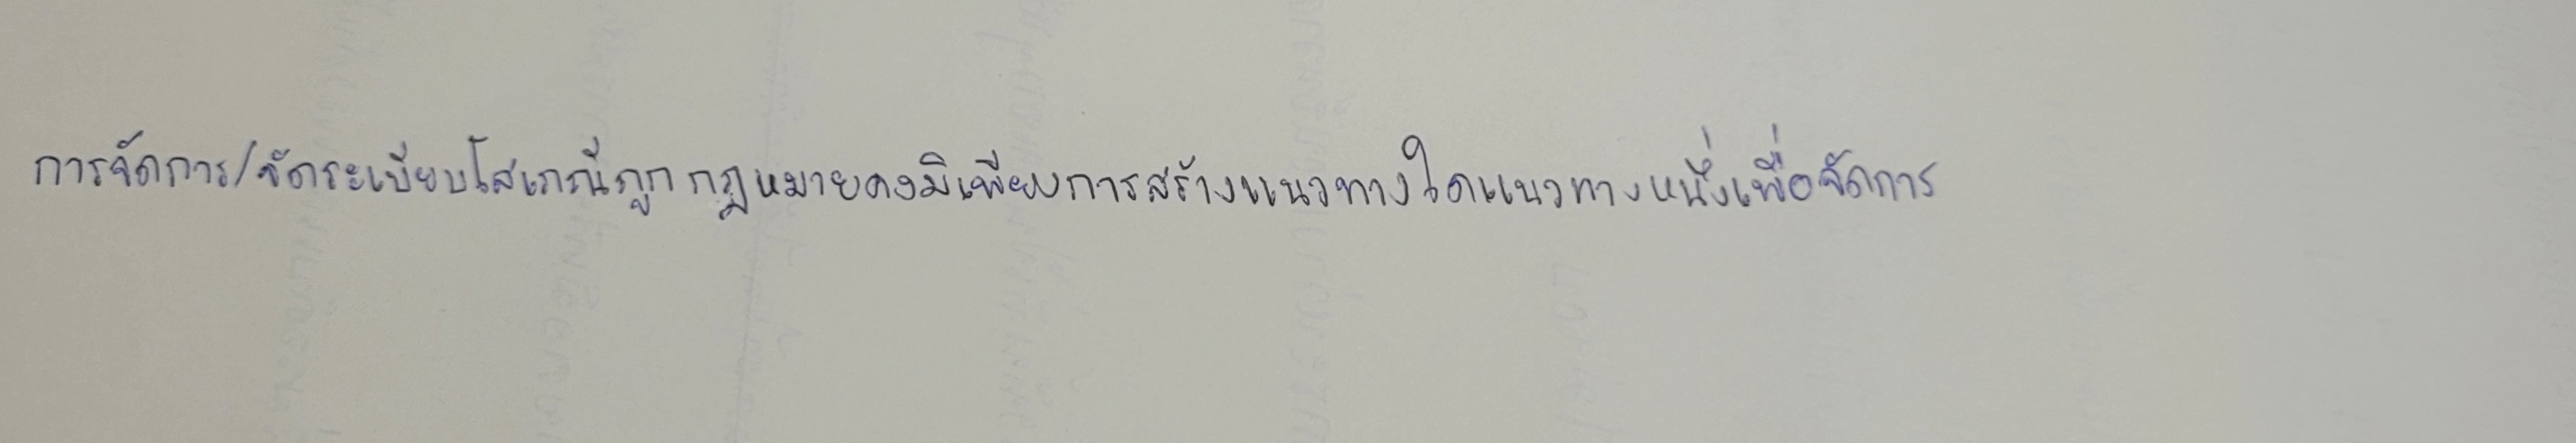
การจัดการ/จัดระเบียบโสเภณีถูกกฎหมายคงมิเพียงการสร้างแนวทางใดแนวทางหนึ่งเพื่อจัดการ